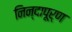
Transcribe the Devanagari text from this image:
निन्दापूर्ण